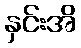
နှင်းအိ